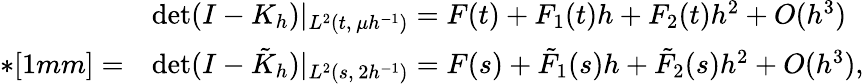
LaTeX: \begin{array}{rl}&{\operatorname*{det}(I-K_{h})|_{L^{2}(t,\, \mu h^{-1})}=F(t)+F_{1}(t)h+F_{2}(t)h^{2}+O(h^{3})}\\ {*[1mm]=}&{\operatorname*{det}(I-\tilde{K}_{h})|_{L^{2}(s,\, 2h^{-1})}=F(s)+\tilde{F}_{1}(s)h+\tilde{F}_{2}(s)h^{2}+O(h^{3}),}\end{array}